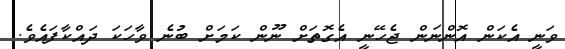
ވަނީ އެކަން އޮންނަން ޖެހޭނީ އެގޮތަށް ނޫން ކަމަށް ބުނެ ވާހަކަ ދައްކާފައެވެ.